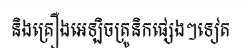
និងគ្រឿងអេឡិចត្រូនិកផ្សេងៗទៀត